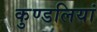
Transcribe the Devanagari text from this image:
कुण्‍डलियां